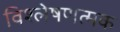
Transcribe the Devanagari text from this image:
विश्लेषणत्मक